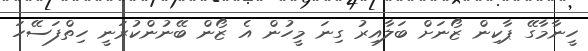
ހީނާމާގޭ ޕާކިން ޒޯނަށް ބަލާއިރު ގިނަ މީހުން އެ ޒޯން ބޭނުންކުރަނީ ހިތްފަސޭހަ